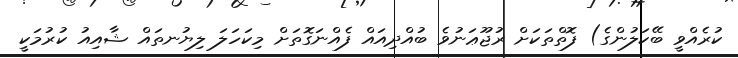
ކުރެއްވީ ބޭކަލުންގެ) ފޮތްތަކަށް ރުޖޫޢަނުވެ ބުއްދިއައް ފެއްނަގޮތަށް މިކަހަލަ ލިޔުނތައް ޝާއިއު ކުރުމަކީ